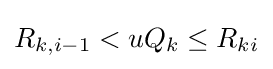
R_{k,i-1}<uQ_{k}\leq R_{ki}